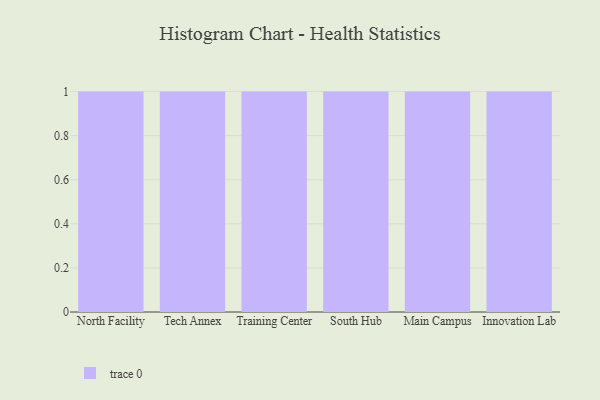
{"axis": {"x": "Campus", "y": "Gross Profit (USD K)"}, "legend": [""], "data": [{"x": "North Facility", "y": 84, "type": ""}, {"x": "Tech Annex", "y": 22, "type": ""}, {"x": "Training Center", "y": 23, "type": ""}, {"x": "South Hub", "y": 87, "type": ""}, {"x": "Main Campus", "y": 28, "type": ""}, {"x": "Innovation Lab", "y": 11, "type": ""}]}